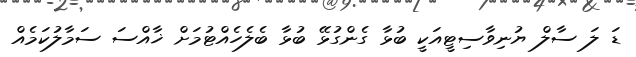
ޑަ ލަ ސާލް ޔުނިވާސިޓީއަކީ ބުޅާ ގެންގުޅޭ ބުޅާ ބެލެހެއްޓުމަށް ޚާއްސަ ސަމާލުކަމެއް